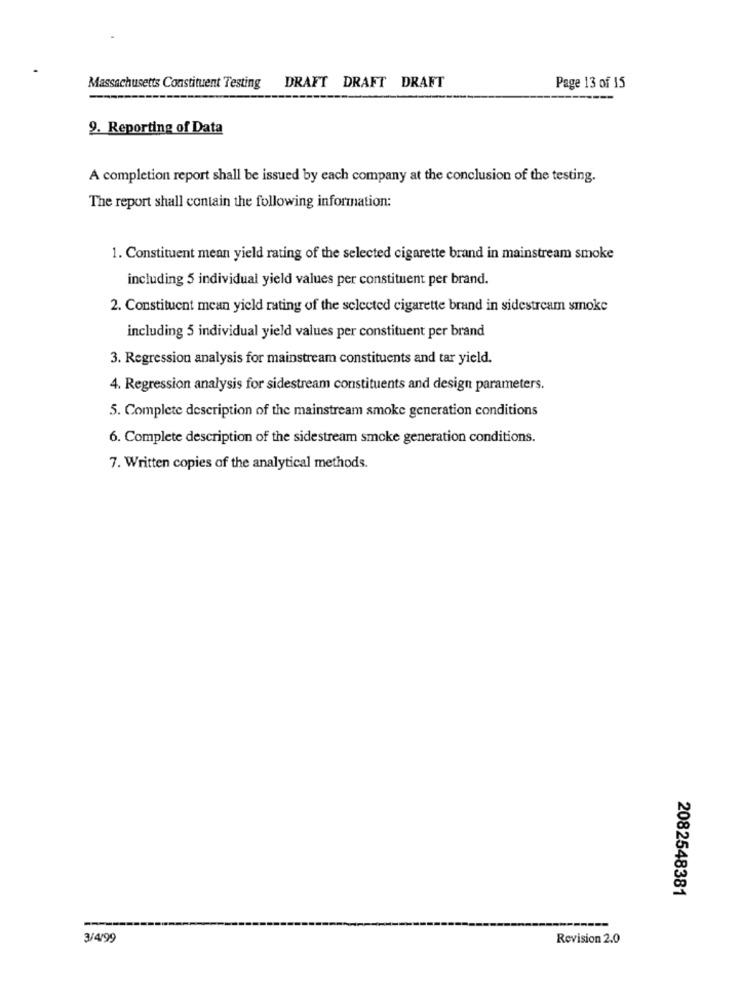
Massachusetts Constituent Testing DRAFT DRAFT DRAFT
Page 13 of 15
9. Reporting of Data
A completion report shall be issued by each company at the conclusion of the testing.
The report shall contain the following information:
1. Constituent mean yield rating of the selected cigarette brand in mainstream smoke
including 5 individual yield values per constituent per brand.
2. Constituent mean yield rating of the selected cigarette brand in sidestream smoke
including 5 individual yield values per constituent per brand
3. Regression analysis for mainstream constituents and tar yield.
4. Regression analysis for sidestream constituents and design parameters.
5. Complete description of the mainstream smoke generation conditions
6. Complete description of the sidestream smoke generation conditions.
7. Written copies of the analytical methods.
2082548381
3/4/99
Revision 2.0